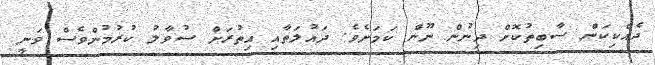
ދެއްކިކަން ސާބިތުކޮށް ދިނުން ނޫން ކަމަށެވެ. ދައުލަތާއި އިތުރަށް ސުވާލު ކުރުމުންވެސް ވަނީ